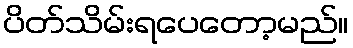
ပိတ်သိမ်းရပေတော့မည်။